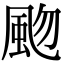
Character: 𩖨